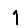
Digit: 1